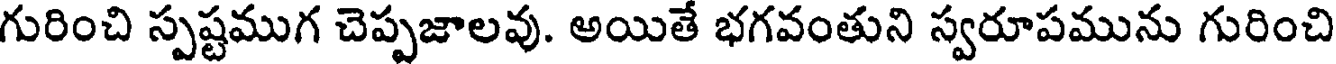
గురించి స్పష్టముగ చెప్పజాలవు. అయితే భగవంతుని స్వరూపమును గురించి